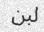
لبن